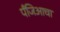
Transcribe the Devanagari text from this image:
पँजिआचा